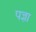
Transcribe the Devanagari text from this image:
पज्ञा